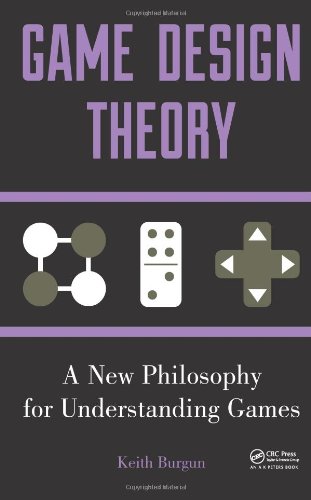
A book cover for Game Design Theory: A New Philosophy for Understanding Games; Keith Burgun; Computers & Technology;